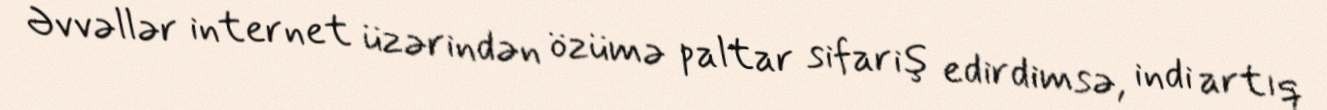
Əvvəllər internet üzərindən özümə paltar sifariş edirdimsə, indi artıq